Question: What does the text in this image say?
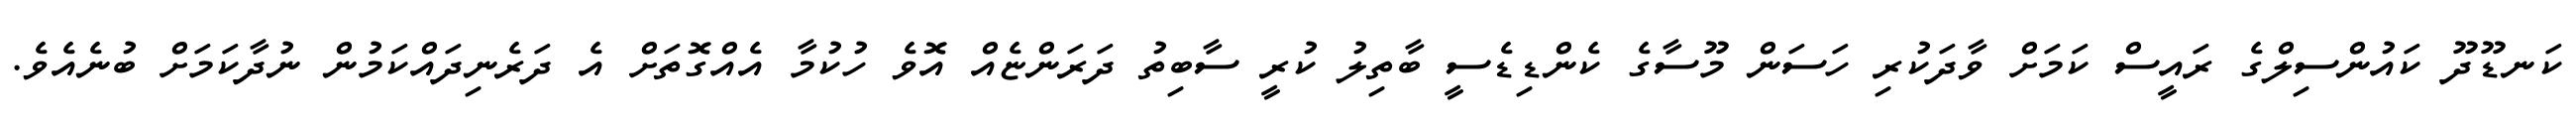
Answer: ކަނޑޫދޫ ކައުންސިލްގެ ރައީސް ކަމަށް ވާދަކުރި ހަސަން މޫސާގެ ކެންޑިޑެސީ ބާތިލު ކުރީ ސާބިތު ދަރަންޏެއް އޮވެ ހުކުމާ އެއްގޮތަށް އެ ދަރެނިދައްކަމުން ނުދާކަމަށް ބުނެއެވެ.